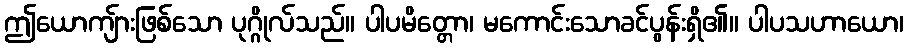
ဤယောကျ်ားဖြစ်သော ပုဂ္ဂိုလ်သည်။ ပါပမိတ္တော၊ မကောင်းသောခင်ပွန်းရှိ၏။ ပါပသဟာယော၊